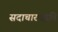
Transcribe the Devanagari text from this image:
सदाचारपद्धति